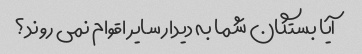
آیا بستگان شما به دیدار سایر اقوام نمی روند؟